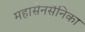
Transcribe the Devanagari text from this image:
महासेनसैनिका